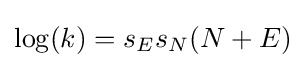
\log(k)=s_{E}s_{N}(N+E)